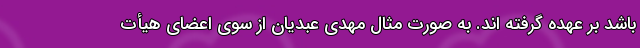
باشد بر عهده گرفته اند. به صورت مثال مهدی عبدیان از سوی اعضای هیأت